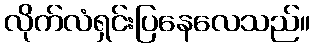
လိုက်လံရှင်းပြနေလေသည်။